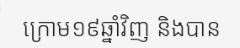
ក្រោម១៩ឆ្នាំវិញ និងបាន